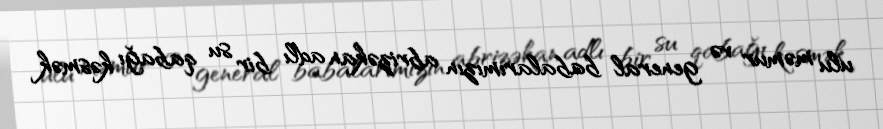
ulu məmur və general babalarımızın abrizəkan adlı bir su qabağı kəsmək